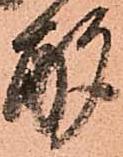
酌